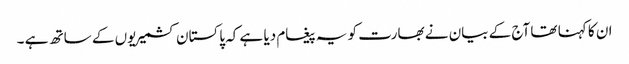
ان کا کہنا تھا آج کے بیان نے بھارت کو یہ پیغام دیا ہے کہ پاکستان کشمیریوں کے ساتھ ہے ۔